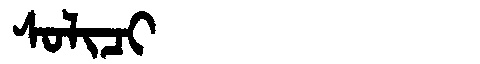
Manchu: ᠰᠣᠯᡳᠴᡳ
Romanization: SOLICI